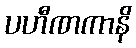
ပဟီဏကာနိ